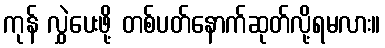
ကုန် လွှဲပေးဖို့ တစ်ပတ်နောက်ဆုတ်လို့ရမလား။